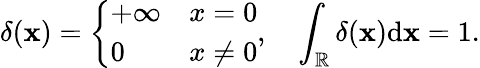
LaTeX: \delta(\mathbf{x})=\left\{ \begin{array}{ll}{+\infty}&{x=0}\\ {0}&{x\neq 0}\end{array}\right.,\quad\int_{\mathbb{{R}}}\delta(\mathbf{x})\mathrm{{d}}\mathbf{x}=1.